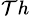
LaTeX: ^{\mathcal{T}h}